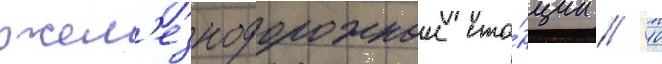
жел'езнодорожнои ста́нции // 10